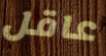
عاقل